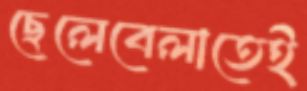
ছেলেবেলাতেই